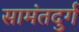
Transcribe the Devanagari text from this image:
सामंतदुर्ग